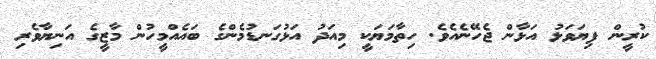
ކުރީން ފިޔަވަޅު އަޅާން ޖެހޭނެއެވެ. ހިތާމަޔަކީ މިއަދު އަޅުގަނޑުމެންގެ ބައެއްމީހުން މާޒީގެ އަނިޔާވެރި